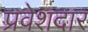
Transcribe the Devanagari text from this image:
प्रवेशदार